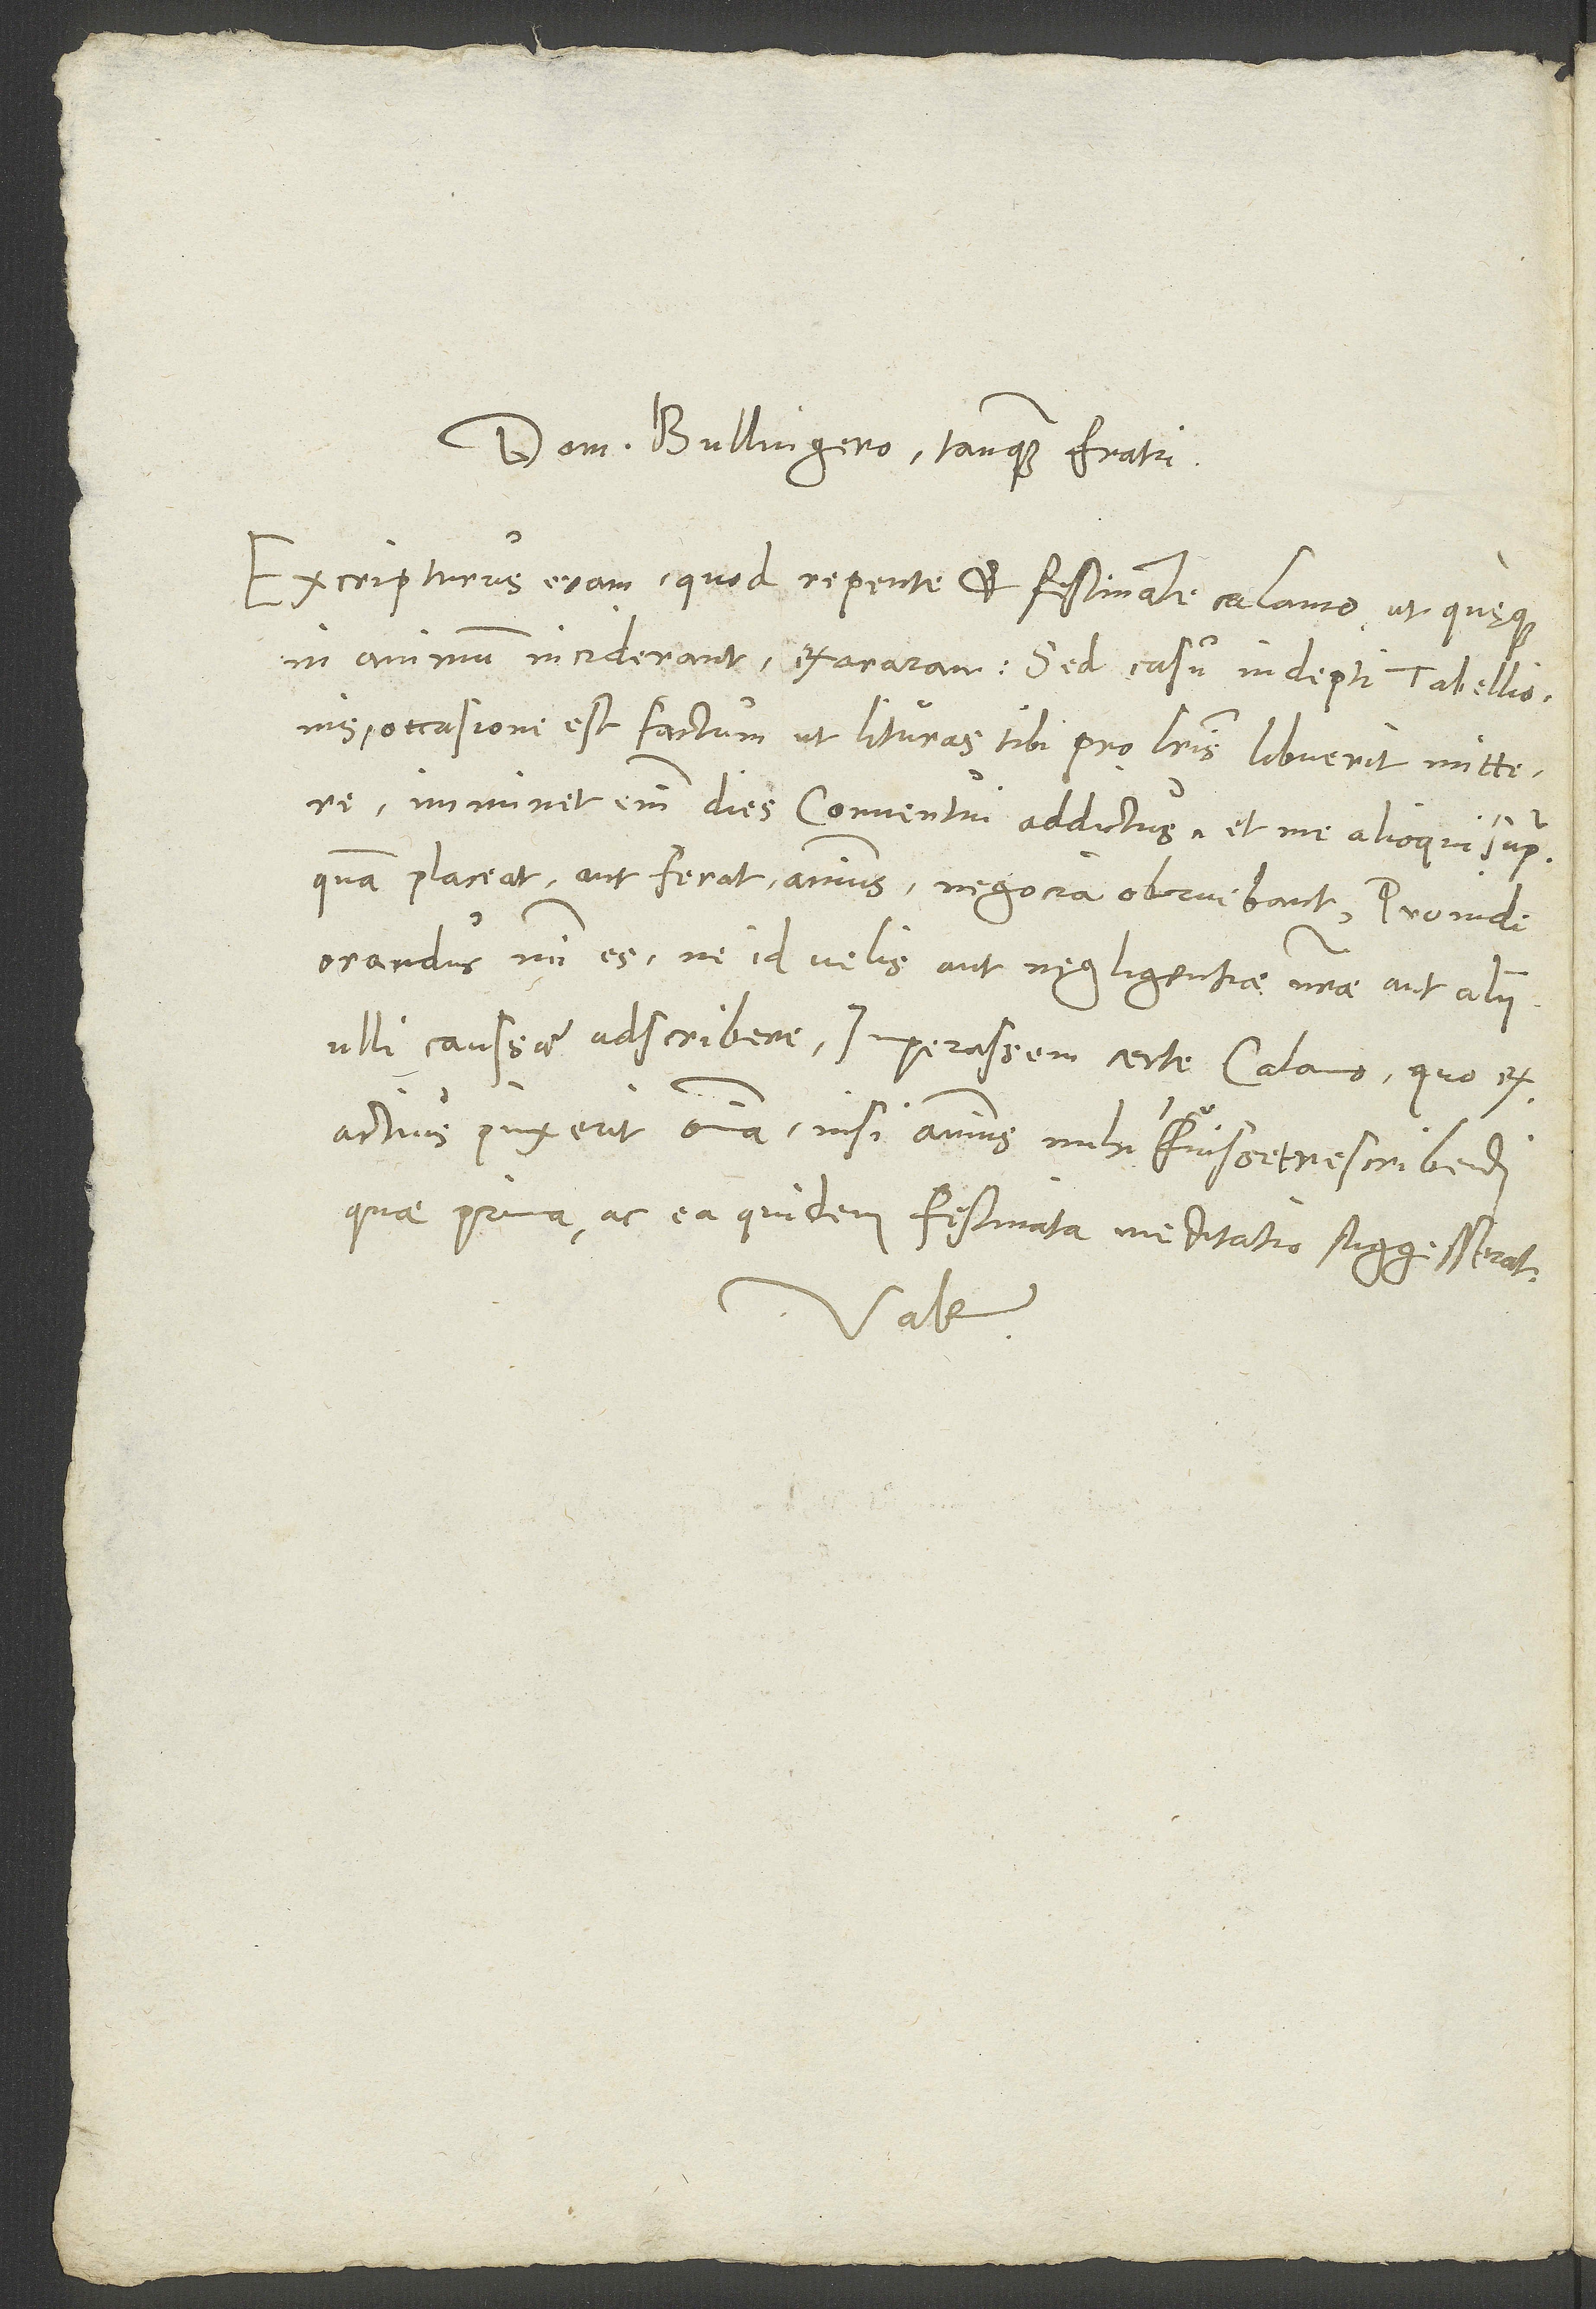
Domino Bullingero tanquam fratri.
Excripturus eram, quod repente et festinante calamo, ut quęque
in animum inciderant, exararam, sed casu indepti tabellionis
occasione est factum, ut lituras tibi pro literis libuerit mittere.
Imminet enim dies Conventui addictus, et me alioqui, supra
quam placeat aut ferat animus, negocia obruebant. Proinde
orandus mihi es, ne id velis aut negligentiae nostrae aut alii
ulli caussae adscribere. Imperassem certe calamo, quo
exactius pinxerit omnia, nisi animus mihi fuisset rescribendi,
quae prima ac ea quidem festinata meditatio suggesserat.
Vale.